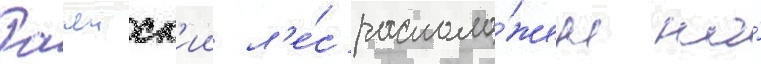
Рачеиск'ии л'е́с располо́жен на́